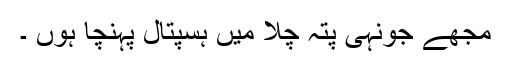
مجھے جونہی پتہ چلا میں ہسپتال پہنچا ہوں ۔